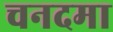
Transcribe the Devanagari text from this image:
चनदमा